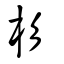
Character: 杉